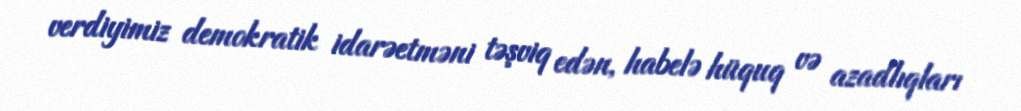
verdiyimiz demokratik idarəetməni təşviq edən, habelə hüquq və azadlıqları